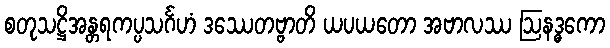
စတုသဋ္ဌိအန္တရကပ္ပသင်္ဂဟံ ဒဿေတဗ္ဗာတိ ယပယတော အဗာလဿ ဩနဒ္ဓကော